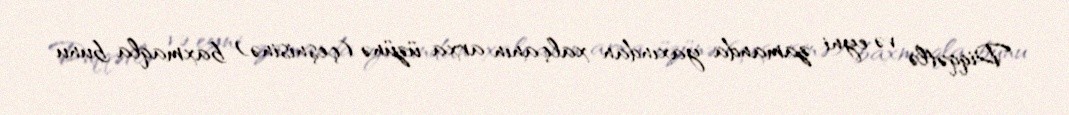
Diqqətlə və eyni zamanda yaxından xalçanın arxa üzünə (çeşnisinə) baxmaqla bunu